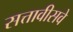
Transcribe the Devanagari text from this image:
सत्तावीसवे